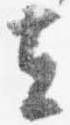
去